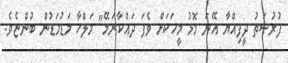
ފުރުޞަތު ދީފިއްޔާ އޭނަ މޮޅު މީހަކަށް ވެފަ ދައްކާނަމޭ" މަލްހާ މަޑުމަޑުން ބުންޏެވެ.